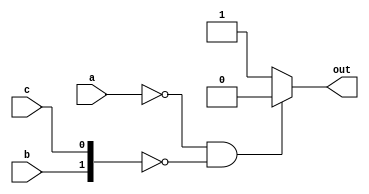
module top_module(
    input a,
    input b,
    input c,
    output out  ); 
    assign out = (a==1'b0 & {b,c}== 2'b0)? 1'b0:1'b1;

endmodule